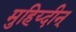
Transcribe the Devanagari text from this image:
मुहिय्दीन्